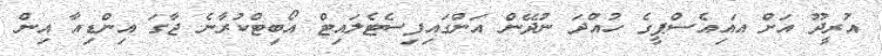
އުރީދޫ އަށް އައިއެސްޕީގެ ހުއްދަ ނުދޭން އަންގައިފިސެޓެލައިޓް އޯބިޓްކުރާނެ ޖާގަ އިންޑިއާ އިން